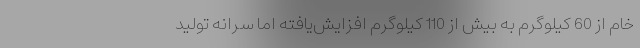
خام از 60 کیلوگرم به بیش از 110 کیلوگرم افزایش‌یافته اما سرانه تولید